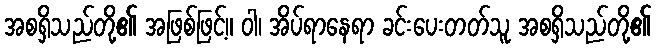
အစရှိသည်တို့၏ အဖြစ်ဖြင့်။ ဝါ၊ အိပ်ရာနေရာ ခင်းပေးတတ်သူ အစရှိသည်တို့၏